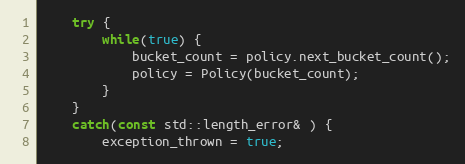
Language: C++
    try {
        while(true) {
            bucket_count = policy.next_bucket_count();
            policy = Policy(bucket_count);
        }
    }
    catch(const std::length_error& ) {
        exception_thrown = true;